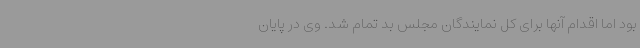
بود اما اقدام آنها برای کل نمایندگان مجلس بد تمام شد. وی در پایان